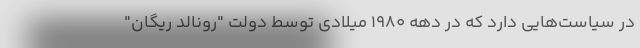
در سیاست‌هایی دارد که در دهه ۱۹۸۰ میلادی توسط دولت "رونالد ریگان"